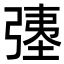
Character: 𫸹